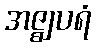
အဇ္ဈပရံ